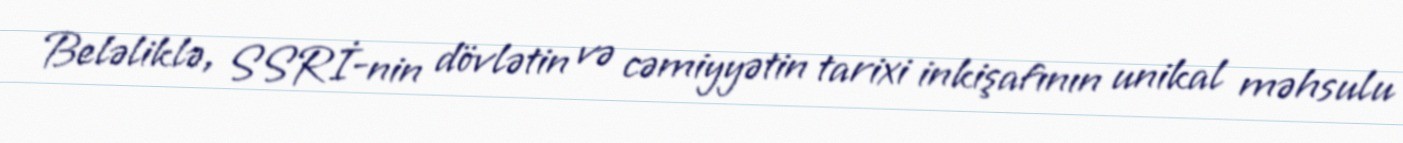
Beləliklə, SSRİ-nin dövlətin və cəmiyyətin tarixi inkişafının unikal məhsulu